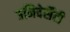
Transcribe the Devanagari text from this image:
उनिवेर्सैटी